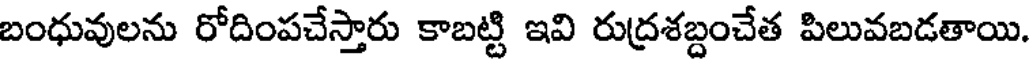
బంధువులను రోదింపచేస్తారు కాబట్టి ఇవి రుద్రశబ్దంచేత పిలువబడతాయి.